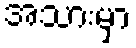
အသားမှာ